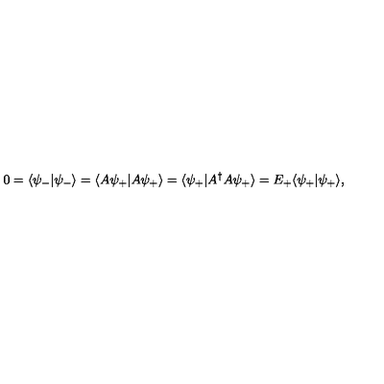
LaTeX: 0 = \langle \psi _ { - } | \psi _ { - } \rangle = \langle A \psi _ { + } | A \psi _ { + } \rangle = \langle \psi _ { + } | A ^ { \dagger } A \psi _ { + } \rangle = E _ { + } \langle \psi _ { + } | \psi _ { + } \rangle ,